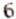
6